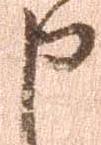
申